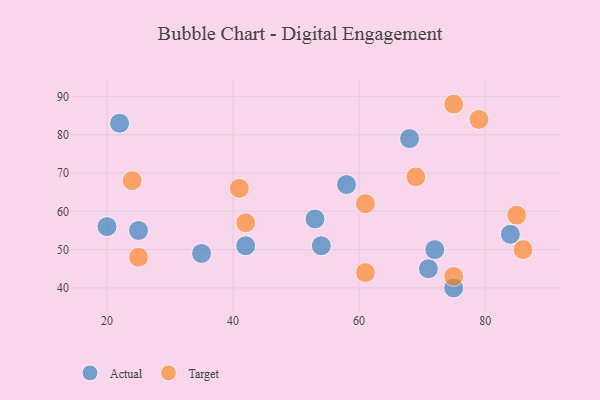
{"axis": {"x": "GDP", "y": "Life Expectancy"}, "legend": ["Actual", "Target"], "data": [{"x": "58", "y": 67, "type": "Actual"}, {"x": "71", "y": 45, "type": "Actual"}, {"x": "42", "y": 51, "type": "Actual"}, {"x": "35", "y": 49, "type": "Actual"}, {"x": "22", "y": 83, "type": "Actual"}, {"x": "53", "y": 58, "type": "Actual"}, {"x": "25", "y": 55, "type": "Actual"}, {"x": "20", "y": 56, "type": "Actual"}, {"x": "84", "y": 54, "type": "Actual"}, {"x": "72", "y": 50, "type": "Actual"}, {"x": "68", "y": 79, "type": "Actual"}, {"x": "54", "y": 51, "type": "Actual"}, {"x": "75", "y": 40, "type": "Actual"}, {"x": "69", "y": 69, "type": "Target"}, {"x": "75", "y": 88, "type": "Target"}, {"x": "41", "y": 66, "type": "Target"}, {"x": "24", "y": 68, "type": "Target"}, {"x": "25", "y": 48, "type": "Target"}, {"x": "42", "y": 57, "type": "Target"}, {"x": "86", "y": 50, "type": "Target"}, {"x": "61", "y": 62, "type": "Target"}, {"x": "61", "y": 44, "type": "Target"}, {"x": "79", "y": 84, "type": "Target"}, {"x": "85", "y": 59, "type": "Target"}, {"x": "75", "y": 43, "type": "Target"}]}